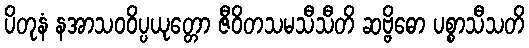
ပိတုနံ နအာသဝဝိပ္ပယုတ္တော ဇီဝိတသမသီသီတိ ဆဗ္ဗိဓော ပစ္စာသီသတိ